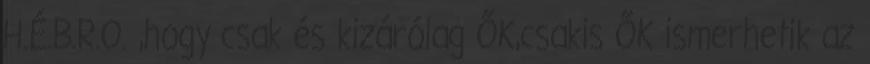
H.É.B.R.O. ,hogy csak és kizárólag ŐK,csakis ŐK ismerhetik az